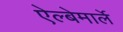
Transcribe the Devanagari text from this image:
ऐल्बेमार्ले